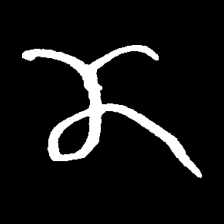
Pyu character \u2014 Myanmar letter: ဏ (romanized: nna)